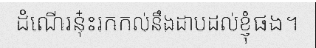
ដំណើរនុ៎ះរកកល់នឹងដាបដល់ខ្ញុំផង។